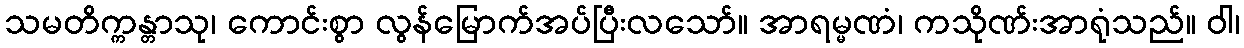
သမတိက္ကန္တာသု၊ ကောင်းစွာ လွန်မြောက်အပ်ပြီးလသော်။ အာရမ္မဏံ၊ ကသိုဏ်းအာရုံသည်။ ဝါ၊